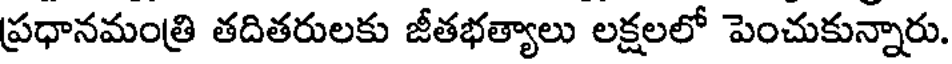
ప్రధానమంత్రి తదితరులకు జీతభత్యాలు లక్షలలో పెంచుకున్నారు.